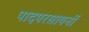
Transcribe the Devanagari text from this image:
पादपरसायनों